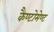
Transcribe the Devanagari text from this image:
कैण्‍टोमेण्‍ट